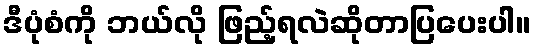
ဒီပုံစံကို ဘယ်လို ဖြည့်ရလဲဆိုတာပြပေးပါ။